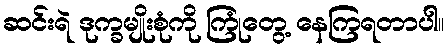
ဆင်းရဲ ဒုက္ခမျိုးစုံကို ကြုံတွေ့ နေကြရတာပါ။